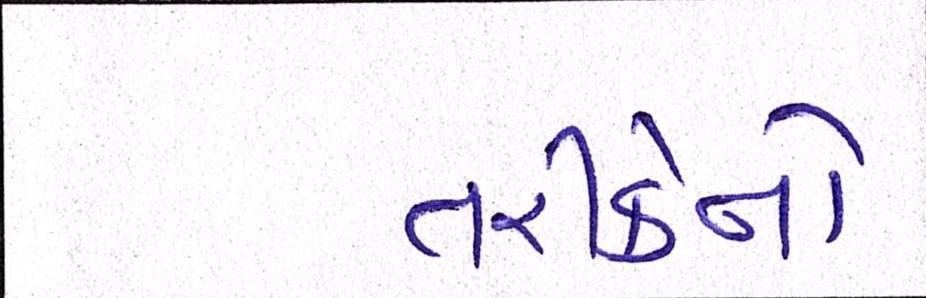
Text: તરીકેનો